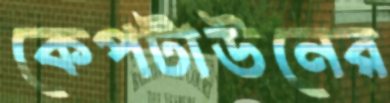
কেপটাউনের